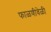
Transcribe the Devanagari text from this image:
फाळणीवेळी